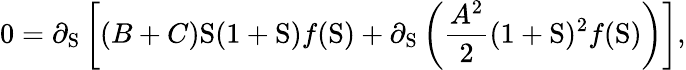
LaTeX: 0=\partial_{\mathrm{S}}\left[(B+C)\mathrm{S}(1+\mathrm{S})f(\mathrm{S})+\partial_{\mathrm{S}}\left(\frac{A^{2}}{2}(1+\mathrm{S})^{2}f(\mathrm{S})\right)\right],